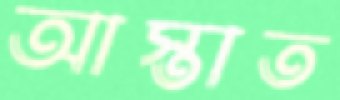
আস্তাত